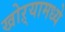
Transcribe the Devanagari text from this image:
खोऱ्यामध्ये